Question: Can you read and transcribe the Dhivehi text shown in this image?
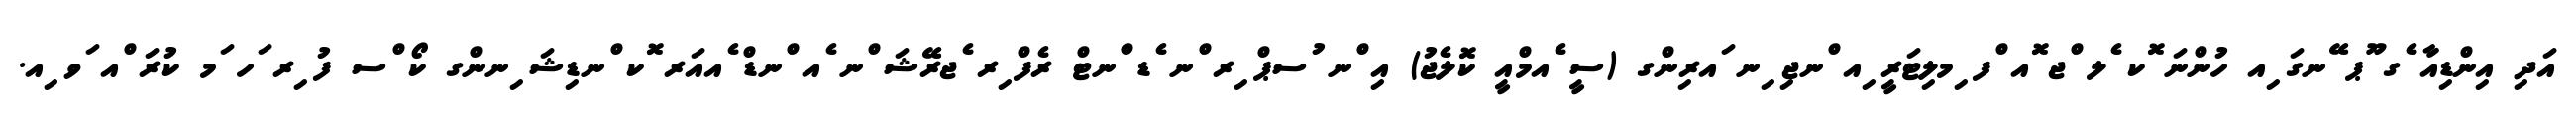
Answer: އަދި އިންޑިއާ ެގ ޫޕ ޭނގަ ިއ ހުންނަ ޮކ ެލ ްޖ ޮއ ްފ ިމލިޓަރީ ިއ ްނޖި ިނ ައރިންގ (ސީ ެއމްއީ ކޮލެޖު) އި ްނ ުސޕް ިރ ްނ ެޑ ްނޓް ރެފް ިރ ެޖރޭޝަ ްނ ެއ ްނޑް ެއއަރ ޮކ ްނޑިޝަ ިނންގ ކޯ ްސ ފު ިރ ަހ ަމ ކުރަ ްއ ަވ ިއ.